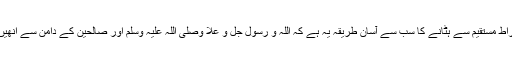
ایک مومن کو صراطِ مستقیم سے ہٹانے کا سب سے آسان طریقہ یہ ہے کہ اللہ و رسول جل و علا وصلی اللہ علیہ وسلم اور صالحین کے دامن سے انھیں دور کردیاجائے۔